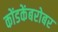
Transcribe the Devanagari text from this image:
कोंडकेंबरोबर